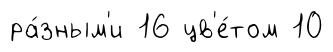
ра́зным'и 16 цв'е́том 10